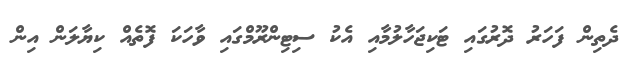
ދެތިން ފަހަރު ދޮރުގައި ޓަކިޖަހާލުމާއި އެކު ސިޓިންރޫމްގައި ވާހަކަ ފޮތެއް ކިޔާލަން އިން